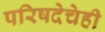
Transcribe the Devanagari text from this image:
परिषदेचेही